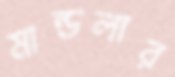
মান্ডলার